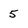
Character: 5